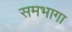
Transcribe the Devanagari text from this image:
समभागा